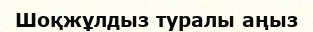
Шоқжұлдыз туралы аңыз